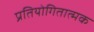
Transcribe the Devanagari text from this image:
प्रतियोगितात्मक